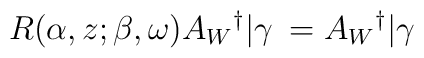
R(\alpha,z;\beta,\omega)A_W{}^{\dag}|\gamma\> = A_W{}^{\dag}|\gamma\>